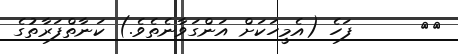
٩١      ފަހެ (އެމީހަކަށް އަންގަވާނެތެވެ.) ކަނާތްފަރާތުގެ